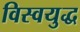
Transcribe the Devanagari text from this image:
विस्वयुद्ध